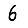
Digit: 6